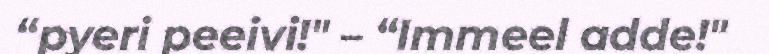
“pyeri peeivi!" – “Immeel adde!"